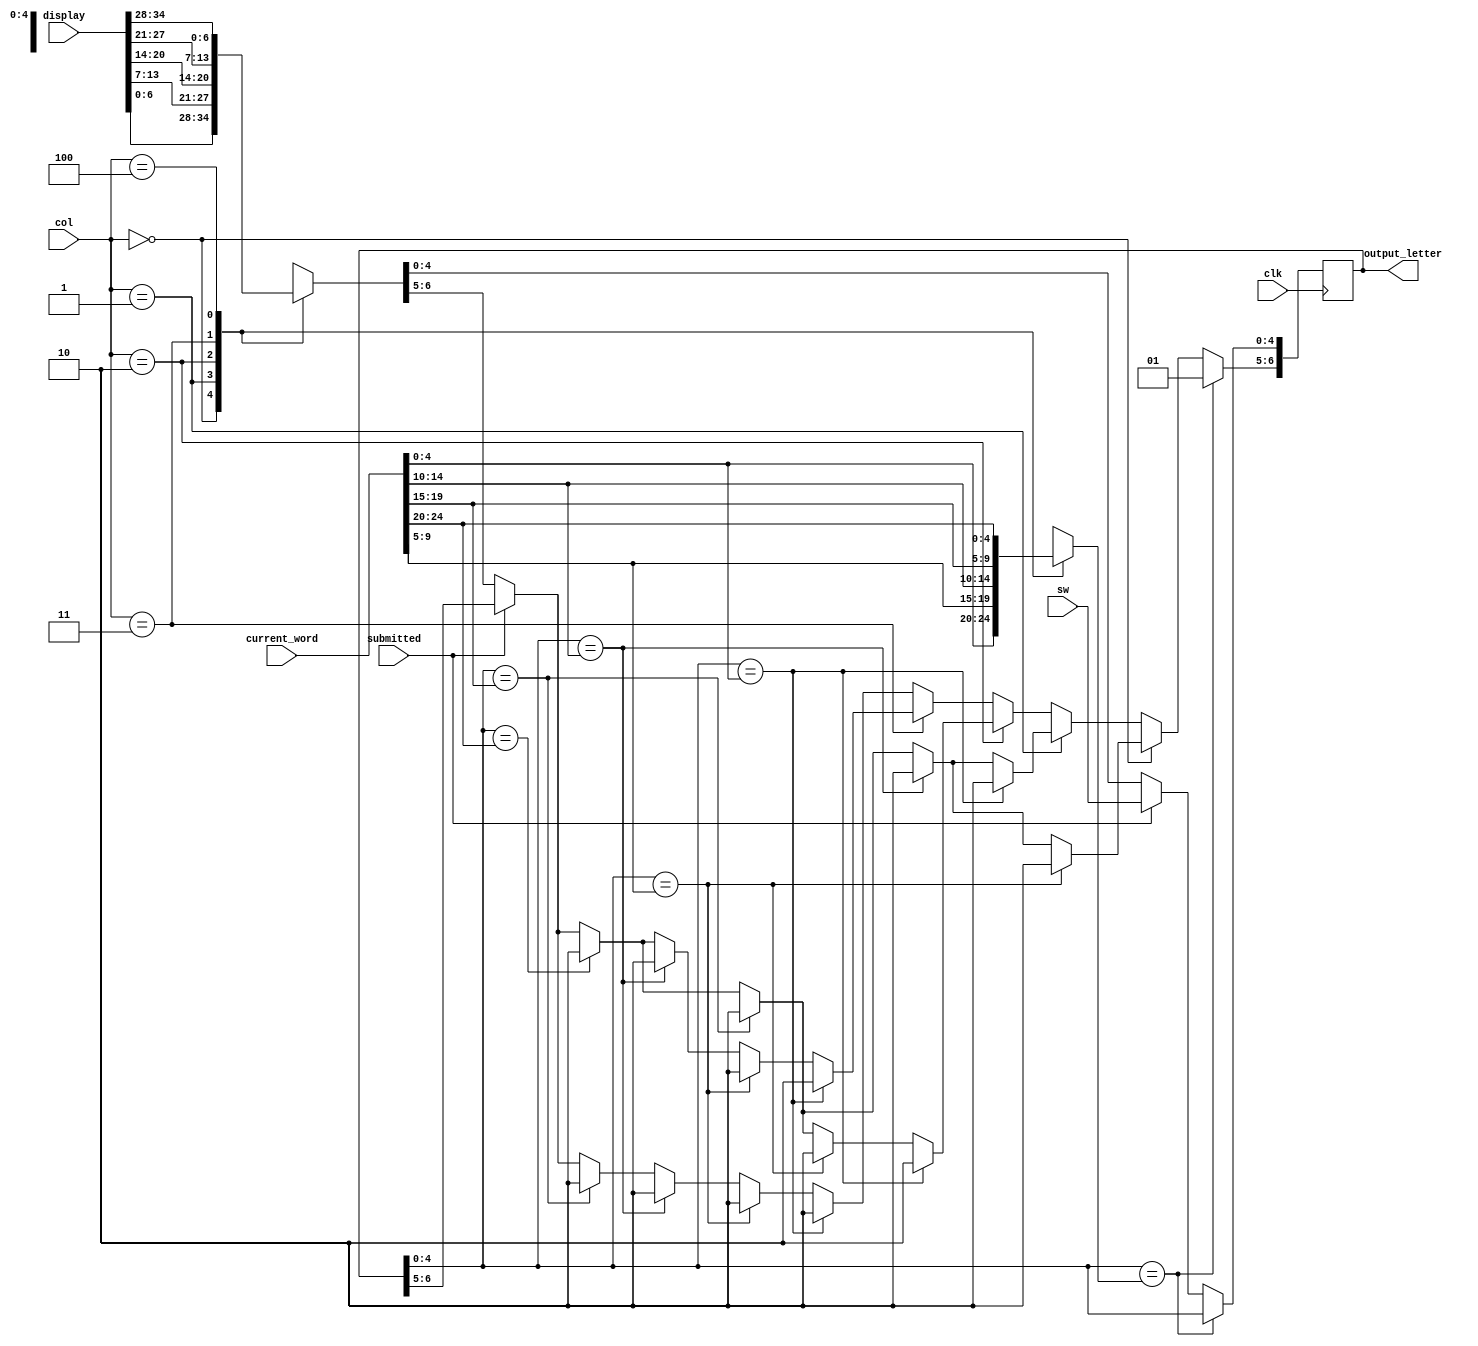
`timescale 1ns / 1ps
//////////////////////////////////////////////////////////////////////////////////
// Company: 
// Engineer: 
// 
// Design Name: 
// Module Name:    getColors 
// Project Name: 
// Target Devices: 
// Tool versions: 
// Description: 
//
// Dependencies: 
//
// Revision: 
// Revision 0.01 - File Created
// Additional Comments: 
//
//////////////////////////////////////////////////////////////////////////////////
module getColors( 
  input clk,
	input [34:0] display,		// The word the player inputs into wordle 
	input [2:0] col, 
  input submitted,
	input [24:0] current_word, 
  input [4:0] sw,
	output [6:0] output_letter
);
			wire [6:0] chosen_words[4:0]; 
			wire [4:0] current_letter[4:0]; 
       
      assign chosen_words[0] = display[6:0];
      assign chosen_words[1] = display[13:7];
      assign chosen_words[2] = display[20:14];
      assign chosen_words[3] = display[27:21];
      assign chosen_words[4] = display[34:28]; 
       
       
      /* 
      always @(posedge clk) 
      begin 
      chosen_words[0] <= {2'b10,display[4:0]};
      chosen_words[1] <= {2'b10,display[11:7]};
      chosen_words[2] <= {2'b10,display[18:14]};
      chosen_words[3] <= {2'b10,display[25:21]};
      chosen_words[4] <= {2'b10,display[32:28]}; 
      end 
      */ 
       
       
      assign current_letter[0] = current_word[4:0]; 
      assign current_letter[1] = current_word[9:5]; 
      assign current_letter[2] = current_word[14:10]; 
      assign current_letter[3] = current_word[19:15]; 
      assign current_letter[4] = current_word[24:20];  
       
      reg [6:0] chosen_letter; 
       
      
			
      always @(posedge clk) 
      begin 
      /* 
      chosen_words[0] <= {2'b10,display[4:0]};
      chosen_words[1] <= {2'b10,display[11:7]};
      chosen_words[2] <= {2'b10,display[18:14]};
      chosen_words[3] <= {2'b10,display[25:21]};
      chosen_words[4] <= {2'b10,display[32:28]}; 
      */ 
       
       
       
            chosen_letter <= chosen_words[col]; 
            if(submitted) 
            begin 
              chosen_letter <= {chosen_letter[6:5], sw[4:0]}; 
            end
            if (chosen_letter[4:0] == current_letter[col]) 
            begin 
                chosen_letter <= {2'b01, chosen_letter[4:0]}; 
            end 
            else 
            begin 
                if (col == 0) 
                begin 
                    if (chosen_letter[4:0] == current_letter[1]) 
                    begin 
                        chosen_letter[6:5] <= 2'b10; 
                    end 
                    else if (chosen_letter[4:0] == current_letter[2]) 
                    begin 
                        chosen_letter[6:5] <= 2'b10; 
                    end 
                    else if (chosen_letter[4:0] == current_letter[3]) 
                    begin 
                        chosen_letter[6:5] <= 2'b10; 
                    end 
                    else if (chosen_letter[4:0] == current_letter[4]) 
                    begin 
                        chosen_letter[6:5] <= 2'b10; 
                    end 
                end 
                else if (col == 1) 
                begin 
                    if (chosen_letter[4:0] == current_letter[0]) 
                    begin 
                        chosen_letter[6:5] <= 2'b10; 
                    end 
                    else if (chosen_letter[4:0] == current_letter[2]) 
                    begin 
                        chosen_letter[6:5] <= 2'b10; 
                    end 
                    else if (chosen_letter[4:0] == current_letter[3]) 
                    begin 
                        chosen_letter[6:5] <= 2'b10; 
                    end 
                    else if (chosen_letter[4:0] == current_letter[4]) 
                    begin 
                        chosen_letter[6:5] <= 2'b10; 
                    end 
                end 
                else if (col == 2) 
                begin 
                    if (chosen_letter[4:0] == current_letter[0]) 
                    begin 
                        chosen_letter[6:5] <= 2'b10; 
                    end 
                    else if (chosen_letter[4:0] == current_letter[1]) 
                    begin 
                        chosen_letter[6:5] <= 2'b10; 
                    end 
                    else if (chosen_letter[4:0] == current_letter[3]) 
                    begin 
                        chosen_letter[6:5] <= 2'b10; 
                    end 
                    else if (chosen_letter[4:0] == current_letter[4]) 
                    begin 
                        chosen_letter[6:5] <= 2'b10; 
                    end 
                end 
                else if (col == 3) 
                begin 
                    if (chosen_letter[4:0] == current_letter[0]) 
                    begin 
                        chosen_letter[6:5] <= 2'b10; 
                    end 
                    else if (chosen_letter[4:0] == current_letter[1]) 
                    begin 
                        chosen_letter[6:5] <= 2'b10; 
                    end 
                    else if (chosen_letter[4:0] == current_letter[2]) 
                    begin 
                        chosen_letter[6:5] <= 2'b10; 
                    end 
                    else if (chosen_letter[4:0] == current_letter[4]) 
                    begin 
                        chosen_letter[6:5] <= 2'b10; 
                    end 
                end 
                else 
                begin 
                    if (chosen_letter[4:0] == current_letter[0]) 
                    begin 
                        chosen_letter[6:5] <= 2'b10; 
                    end 
                    else if (chosen_letter[4:0] == current_letter[1]) 
                    begin 
                        chosen_letter[6:5] <= 2'b10; 
                    end 
                    else if (chosen_letter[4:0] == current_letter[2]) 
                    begin 
                        chosen_letter[6:5] <= 2'b10; 
                    end 
                    else if (chosen_letter[4:0] == current_letter[3]) 
                    begin 
                        chosen_letter[6:5] <= 2'b10; 
                    end 
                end 
            end  
             
       end 
       
            assign output_letter = chosen_letter; 
             
      
endmodule